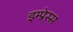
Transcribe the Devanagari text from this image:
इम्प्रेस्स